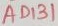
Text: AD131